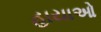
હાયાઓ